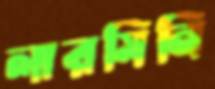
লারমিনি